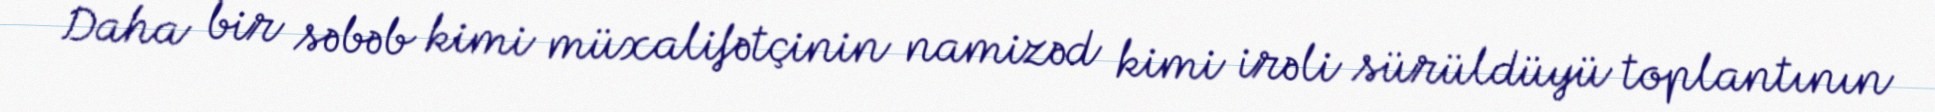
Daha bir səbəb kimi müxalifətçinin namizəd kimi irəli sürüldüyü toplantının